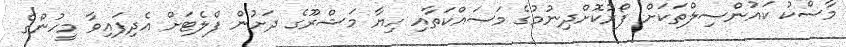
މާސްކު ކައުންސިލްތަކަށް ފޯރުކޮށްދިނުމުގެ މަސައްކަތާއިި ހިޔާ މަޝްރޫގެ ދަށުން ފްލެޓަށް އެދިފައިވާ މީހުންގެ